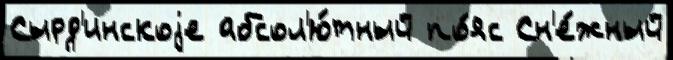
Сырд'инскоjе абсол'ю́тный по́яс Сн'е́жный